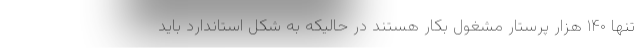
تنها ۱۴۰ هزار پرستار مشغول بکار هستند در حالیکه به شکل استاندارد باید